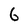
Character: 6